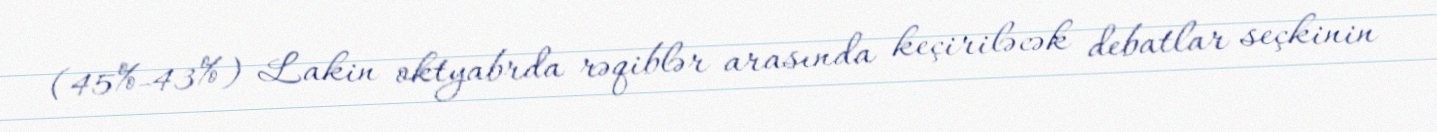
(45%-43%) Lakin oktyabrda rəqiblər arasında keçiriləcək debatlar seçkinin